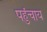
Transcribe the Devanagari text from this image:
पहुंचाय